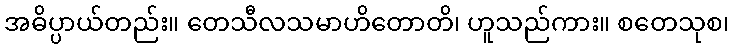
အဓိပ္ပာယ်တည်း။ တေသီလသမာဟိတောတိ၊ ဟူသည်ကား။ စတေသုစ၊